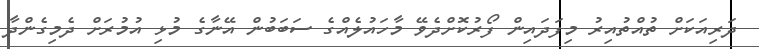
ދަރިއަކަށް ތުއްތުއިރު މިފަދައިން ފޯރުކޮށްދެވޭ މާހައުލެއްގެ ސަބަބުން އޭނާގެ މުޅި އުމުރަށް ދެމިގެންދާ